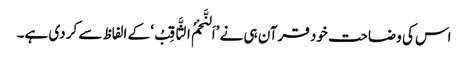
اس کی وضاحت خود قرآن ہی نے ’اَلنَّجْمُ الثَّاقِبُ‘ کے الفاظ سے کر دی ہے۔